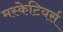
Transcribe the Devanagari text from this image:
मस्केटियर्स